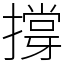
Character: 撐